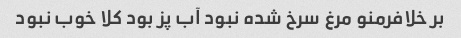
بر خلافرمنو مرغ سرخ شده نبود آب پز بود کلا خوب نبود